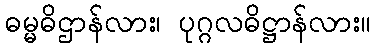
ဓမ္မဓိဌာန်လား၊ ပုဂ္ဂလဓိဋ္ဌာန်လား။